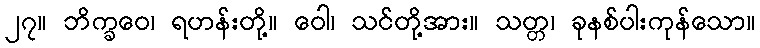
၂၇။ ဘိက္ခဝေ၊ ရဟန်းတို့။ ဝေါ၊ သင်တို့အား။ သတ္တ၊ ခုနစ်ပါးကုန်သော။